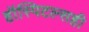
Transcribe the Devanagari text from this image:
हॉस्पिटल्सही